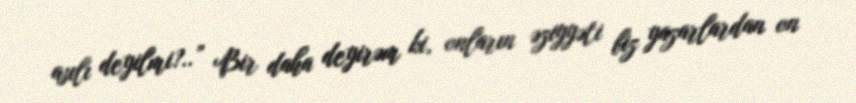
asılı deyilmi?..” Bir daha deyirəm ki, onların əziyyəti biz yazarlardan on